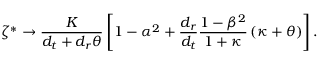
\zeta ^ { * } \to \frac { K } { { d _ { t } } + { d _ { r } } \theta } \left[ 1 - \alpha ^ { 2 } + \frac { { d _ { r } } } { { d _ { t } } } \frac { 1 - \beta ^ { 2 } } { 1 + \kappa } \left( { \kappa } + { \theta } \right) \right] .